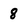
Character: 8